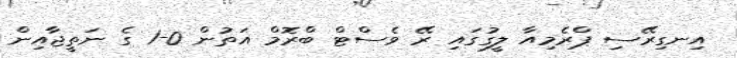
އިނގިރޭސި ޕްރެމިއާ ލީގުގައި ރޭ ވެސްޓް ބްރޮމް އަތުން 0-1 ގެ ނަތީޖާއިން